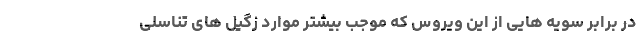
در برابر سویه هایی از این ویروس که موجب بیشتر موارد زگیل های تناسلی